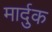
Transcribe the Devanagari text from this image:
मार्दुक